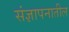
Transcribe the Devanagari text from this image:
संज्ञापनातील